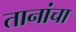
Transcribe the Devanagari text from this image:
तानांचा